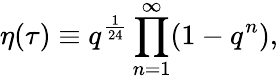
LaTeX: \eta(\tau)\equiv q^{\frac{1}{24}}\prod_{n=1}^{\infty}(1-q^{n}),